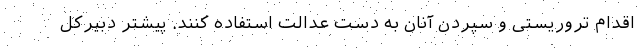
اقدام تروریستی و سپردن آنان به دست عدالت استفاده کنند. پیشتر دبیرکل